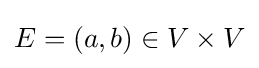
E=(a,b)\in V\times V